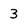
Character: 3